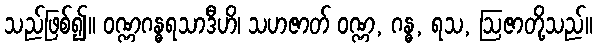
သည်ဖြစ်၍။ ဝဏ္ဏဂန္ဓရသာဒီဟိ၊ သဟဇာတ် ဝဏ္ဏ, ဂန္ဓ, ရသ, ဩဇာတို့သည်။